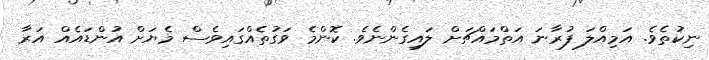
ނިކުތެވެ. އަމިއްލަ ފުރާނަ އަތްމައްޗަށް ލައިގެންނެވެ. ކޮންމެ ވަގުތެއްގައިވެސް މެޔަށް އުންޑައެއް އަރާ